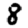
Digit: 8